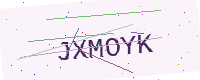
Text: JXMOYK